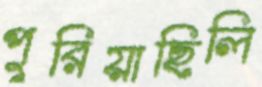
পুরিয়াছিলি